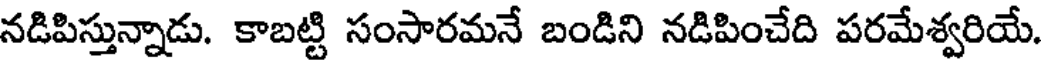
నడిపిస్తున్నాడు. కాబట్టి సంసారమనే బండిని నడిపించేది పరమేశ్వరియే.